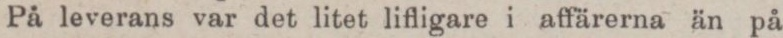
På leverans var det litet lifligare i affärerna än på